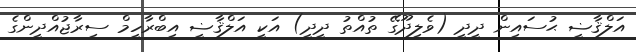
އަލްޤާޟީ ޙުސައިން ދީދީ (ވެލިދޫގޭ ތުއްތު ދީދީ) އަކީ އަލްޤާޟީ އިބްރާހީމް ސިރާޖުއްދީންގެ